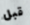
قبل